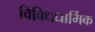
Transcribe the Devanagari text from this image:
विविधधार्मिक